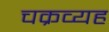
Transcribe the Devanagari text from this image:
चक्रव्यह